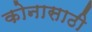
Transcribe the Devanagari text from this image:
कोनासाठी